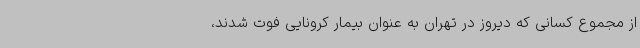
از مجموع کسانی که دیروز در تهران به عنوان بیمار کرونایی فوت شدند،